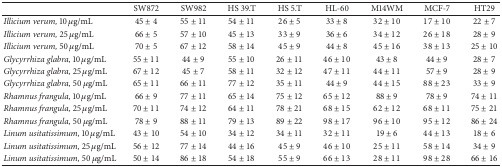
<table><thead><tr><td></td><td><b>SW872 </b></td><td><b>SW982 </b></td><td><b>HS 39.T </b></td><td><b>HS 5.T </b></td><td><b>HL-60 </b></td><td><b>M14WM </b></td><td><b>MCF-7 </b></td><td><b>HT29 </b></td></tr></thead><tbody><tr><td><i>Illicium verum, </i>10 <i>μ</i>g/mL</td><td>45 ± 4</td><td>55 ± 11</td><td>54 ± 11</td><td>26 ± 5</td><td>33 ± 8</td><td>32 ± 10</td><td>17 ± 10</td><td>22 ± 7</td></tr><tr><td><i>Illicium verum, </i>25 <i>μ</i>g/mL</td><td>66 ± 5</td><td>57 ± 10</td><td>45 ± 13</td><td>33 ± 9</td><td>36 ± 6</td><td>34 ± 12</td><td>26 ± 18</td><td>28 ± 9</td></tr><tr><td><i>Illicium verum, </i>50 <i>μ</i>g/mL</td><td>70 ± 5</td><td>67 ± 12</td><td>58 ± 14</td><td>45 ± 9</td><td>44 ± 8</td><td>45 ± 16</td><td>38 ± 13</td><td>25 ± 10</td></tr><tr><td><i>Glycyrrhiza glabra, </i>10 <i>μ</i>g/mL</td><td>55 ± 11</td><td>44 ± 9</td><td>55 ± 10</td><td>26 ± 11</td><td>46 ± 10</td><td>43 ± 8</td><td>44 ± 9</td><td>28 ± 7</td></tr><tr><td><i>Glycyrrhiza glabra, </i>25 <i>μ</i>g/mL</td><td>67 ± 12</td><td>45 ± 7</td><td>58 ± 11</td><td>32 ± 12</td><td>47 ± 11</td><td>44 ± 11</td><td>57 ± 9</td><td>28 ± 9</td></tr><tr><td><i>Glycyrrhiza glabra, </i>50 <i>μ</i>g/mL</td><td>65 ± 11</td><td>66 ± 11</td><td>77 ± 12</td><td>35 ± 11</td><td>44 ± 9</td><td>44 ± 15</td><td>88 ± 23</td><td>33 ± 9</td></tr><tr><td><i>Rhamnus frangula, </i>10 <i>μ</i>g/mL</td><td>66 ± 9</td><td>77 ± 11</td><td>65 ± 14</td><td>75 ± 12</td><td>65 ± 12</td><td>88 ± 9</td><td>78 ± 9</td><td>74 ± 11</td></tr><tr><td><i>Rhamnus frangula, </i>25 <i>μ</i>g/mL</td><td>70 ± 11</td><td>74 ± 12</td><td>64 ± 11</td><td>78 ± 21</td><td>68 ± 15</td><td>62 ± 12</td><td>68 ± 11</td><td>75 ± 21</td></tr><tr><td><i>Rhamnus frangula, </i>50 <i>μ</i>g/mL</td><td>78 ± 9</td><td>88 ± 11</td><td>79 ± 13</td><td>89 ± 22</td><td>98 ± 17</td><td>96 ± 10</td><td>95 ± 12</td><td>86 ± 24</td></tr><tr><td><i>Linum usitatissimum, </i>10 <i>μ</i>g/mL</td><td>43 ± 10</td><td>54 ± 10</td><td>34 ± 12</td><td>34 ± 11</td><td>32 ± 11</td><td>19 ± 6</td><td>44 ± 13</td><td>18 ± 6</td></tr><tr><td><i>Linum usitatissimum, </i>25 <i>μ</i>g/mL</td><td>56 ± 12</td><td>77 ± 14</td><td>44 ± 16</td><td>45 ± 9</td><td>46 ± 10</td><td>25 ± 11</td><td>58 ± 14</td><td>34 ± 9</td></tr><tr><td><i>Linum usitatissimum, </i>50 <i>μ</i>g/mL</td><td>50 ± 14</td><td>86 ± 18</td><td>54 ± 18</td><td>55 ± 9</td><td>66 ± 13</td><td>28 ± 11</td><td>98 ± 28</td><td>66 ± 16</td></tr></tbody></table>